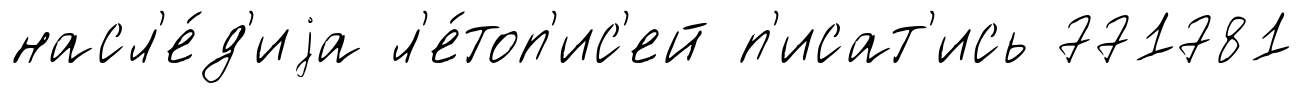
насл'е́д'иjа л'е́топ'ис'ей п'исат'ись 771781